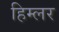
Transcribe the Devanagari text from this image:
हिम्लर